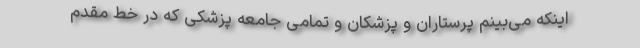
اینکه می‌بینم پرستاران و پزشکان و تمامی جامعه پزشکی که در خط مقدم